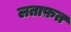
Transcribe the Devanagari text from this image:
लताफ़त